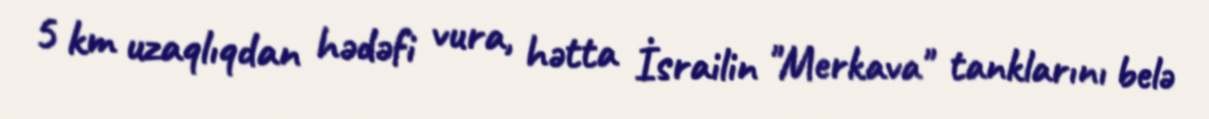
5 km uzaqlıqdan hədəfi vura, hətta İsrailin "Merkava" tanklarını belə